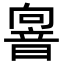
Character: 𩐢